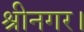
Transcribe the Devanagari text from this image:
श्रीनगर।